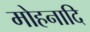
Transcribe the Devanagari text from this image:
मोहनादि